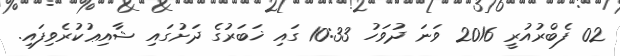
02 ފެބްރުއުރީ 2016 ވަނަ ދުވަހު 10:33 ގައި ޚަބަރުގެ ދަށުގައި ޝާއިޢުކުރެވިފައި.